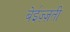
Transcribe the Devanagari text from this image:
बेईज़्ज़ती